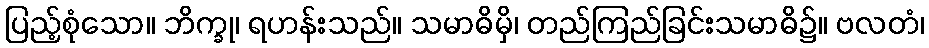
ပြည့်စုံသော။ ဘိက္ခု၊ ရဟန်းသည်။ သမာဓိမှိ၊ တည်ကြည်ခြင်းသမာဓိ၌။ ဗလတံ၊